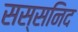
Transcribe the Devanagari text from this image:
सस्सनिद